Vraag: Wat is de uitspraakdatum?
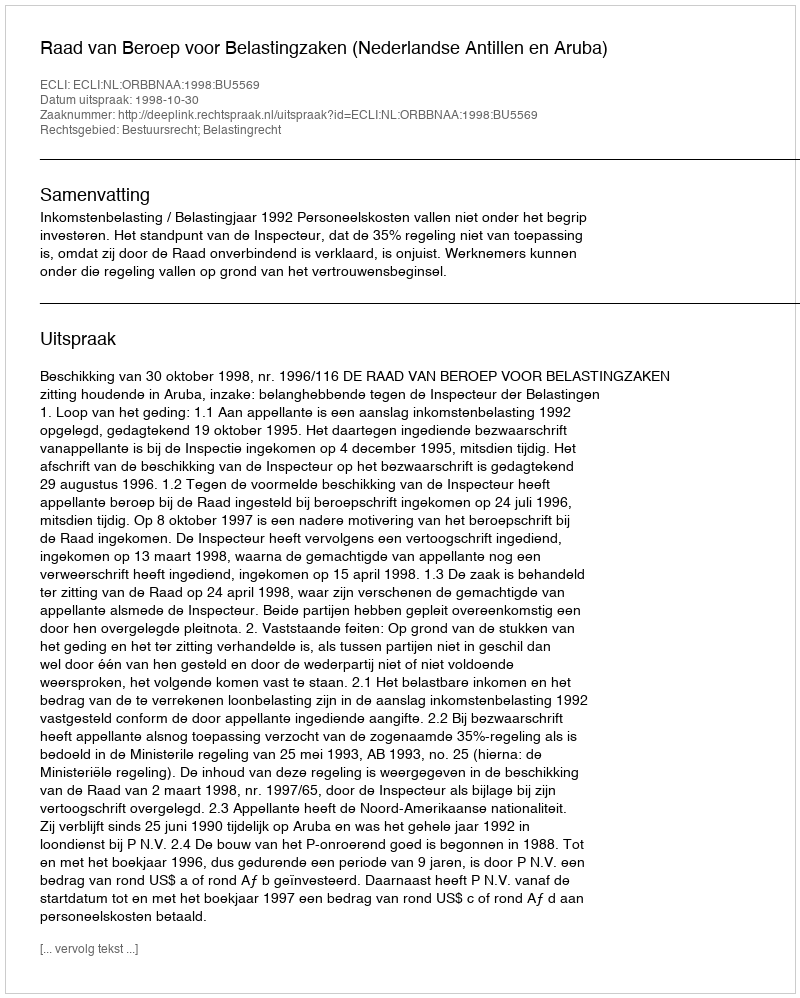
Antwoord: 1998-10-30